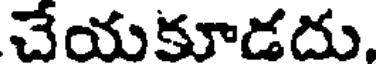
చేయకూడదు.